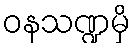
ဝနသဏ္ဍမှိ